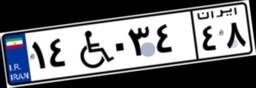
۱۴W۰۳۴۴۸